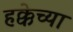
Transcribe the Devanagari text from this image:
हक्केच्या